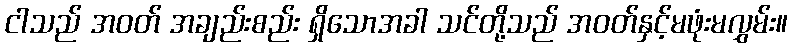
ငါသည် အဝတ် အချည်းစည်း ရှိသောအခါ သင်တို့သည် အဝတ်နှင့်မဖုံးမလွှမ်း။